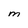
Character: M